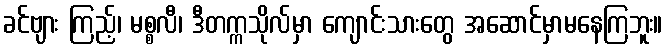
ခင်ဗျား ကြည့်၊ မစ္စလီ၊ ဒီတက္ကသိုလ်မှာ ကျောင်းသားတွေ အဆောင်မှာမနေကြဘူး။